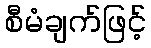
စီမံချက်ဖြင့်